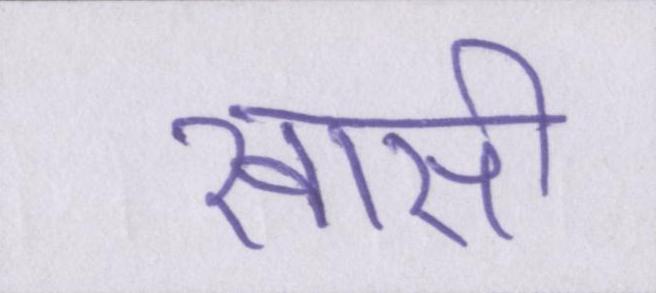
खासी